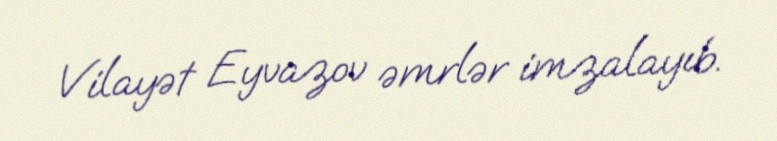
Vilayət Eyvazov əmrlər imzalayıb.